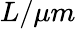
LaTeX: L/\mu m